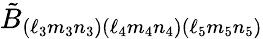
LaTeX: \tilde{B}_{(\ell_{3}m_{3}n_{3})(\ell_{4}m_{4}n_{4})(\ell_{5}m_{5}n_{5})}